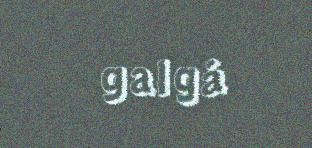
galgá